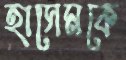
হাসেমকে